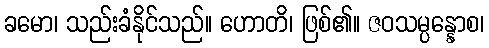
ခမော၊ သည်းခံနိုင်သည်။ ဟောတိ၊ ဖြစ်၏။ ဇဝသမ္ပန္နောစ၊